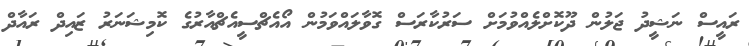
ރައީސް ނަޝީދު ޖަލުން ދޫކޮށްލެއްވުމަށް ސަރުކާރަސް ގޮވާލައްވަމުން އޯއެޗްސީއެޗްއާރުގެ ކޮމިޝަނަރު ޒައިދް ރައާދް